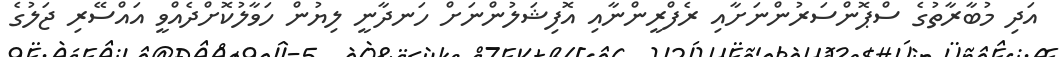
އަދި މުބާރާތުގެ ސްޕޮންސަރުންނަށާއި ރެފްރީންނާއި އޮފިޝަލުންނަށް ހަނދާނީ ލިޔުން ހަވާލުކޮށްދެއްވީ އައްސޭރި ޖަލުގެ